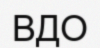
ВДО